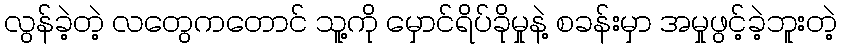
လွန်ခဲ့တဲ့ လတွေကတောင် သူ့ကို မှောင်ရိပ်ခိုမှုနဲ့ စခန်းမှာ အမှုဖွင့်ခဲ့ဘူးတဲ့